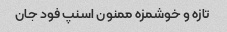
تازه و خوشمزه ممنون اسنپ فود جان